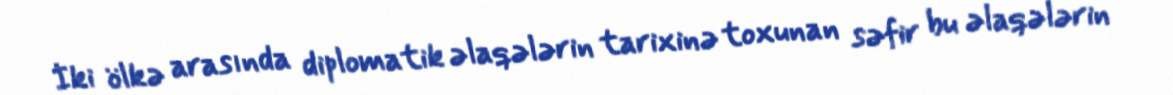
İki ölkə arasında diplomatik əlaqələrin tarixinə toxunan səfir bu əlaqələrin